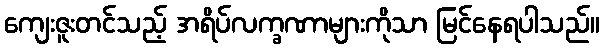
ကျေးဇူးတင်သည့် အရိပ်လက္ခဏာများကိုသာ မြင်နေရပါသည်။